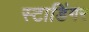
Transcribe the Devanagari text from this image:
स्टाडिंगर